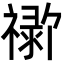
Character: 𬓗